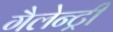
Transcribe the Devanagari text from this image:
गैलेन्ट्री